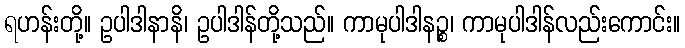
ရဟန်းတို့။ ဥပါဒါနာနိ၊ ဥပါဒါန်တို့သည်။ ကာမုပါဒါနဉ္စ၊ ကာမုပါဒါန်လည်းကောင်း။